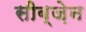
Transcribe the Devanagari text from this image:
सीब्ज़ेन